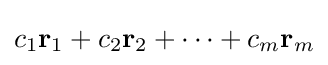
c_{1}\mathbf {r} _{1}+c_{2}\mathbf {r} _{2}+\cdots +c_{m}\mathbf {r} _{m}